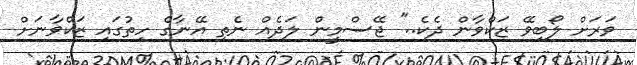
ވަރަށް ލޯބިވޭ ޒަކްވާން ދެކެ.." ޖޭސްމީން ލަދެއް ނެތި އޭނާގެ ހިތުގައި ޒަކްވާނަށް